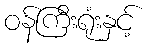
ဝန်ကြီးရုံးနှင့်